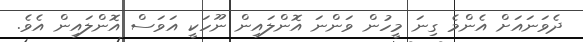
ދެވަނައަށް އެންމެ ގިނަ މީހުން ވަންނަ އޮންލައިން ނޫހަކީ އަވަސް އޮންލައިން އެވެ.